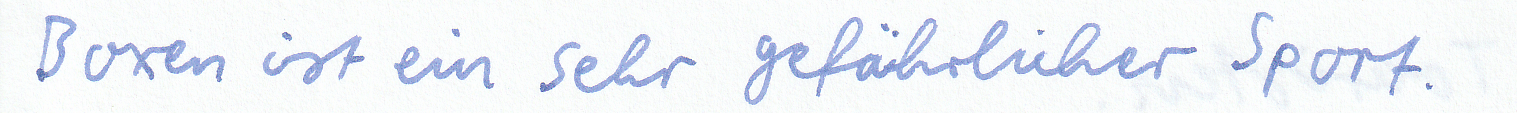
Boxen ist ein sehr gefährlicher Sport.